Vaccination in Bombay 1913-1923 - 1913-1923
Year: 1913
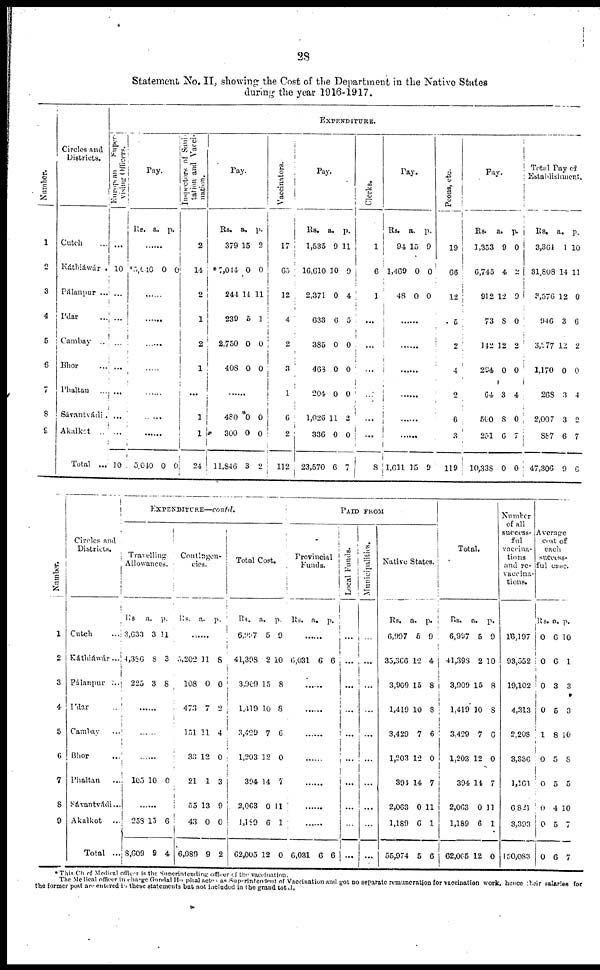
28
Statement No. II, showing the Cost of the Department in the Native States
during the year 1916-1917.
Number.
1
2
3
4
5
6
7
8
9
Circles anđ
Districts.
Cutch ...
Káthiáwár .
Pálanpur ...
Ídar ...
Cambay ..
Bhor ...
Phaltan ...
Sávantvádi.
Akalkot
..
Total ...
EXPENDITURE.
European
Super-
vising
Officers.
...
10
...
...
...
...
...
...
...
10
Pay.
Rs. a. p.
......
*5,040
0 0
......
......
......
......
......
......
......
5,040 0 0
Inspectors of Sani
tation and Vacci
nation.
2
14
2
1
2
1
...
1
1
24
Pay.
Rs.
379
*7,044
244
239
2,750
408
a.
15
0
14
5
0
0
p.
2
0
11
1
0
0
......
480
300
11,846
0
0
3
0
0
2
Vaccinators.
17
65
12
4
2
3
1
6
2
112
Pay.
Rs.
l,535
16,610
2,371
633
385
468
204
1,026
336
23,570
a.
9
10
0
6
0
0
0
11
0
6
p.
11
9
4
5
0
0
0
2
0
7
Clerks.
1
6
1
...
...
...
...
...
...
8
Pay.
Rs.
94
1,469
48
a.
15
0
0
p.
9
0
0
......
......
......
......
......
......
1,611 15 9
Peons, etc.
19
66
12
5
2
4
2
6
3
119
Pay.
Rs.
1,353
6,745
912
73
142
294
64
560
251
10,338
a.
9
4
12
8
12
0
3
8
6
0
p.
0
2
9
0
2
0
4
0
7
0
Total Pay of
Establishment.
Rs.
3,361
31,808
3,576
946
3,277
1,170
268
2,007
887
47,306
a.
1
14
12
3
12
0
3
3
6
9
p.
10
11
0
6
2
0
4
2
7
6
Number.
1
2
3
4
5
6
7
8
9
Circles and
Districts.
Cutch
...
Káthiáwár ...
Pálanpur
...
Ídar
...
Cambay
...
Bhor ...
Phaltan
...
Sávantvádi...
Akalkot
...
Total ...
KXPENDITURE—contd.
Travelling
Allowances.
Rs.
3,633
4,386
225
a.
3
8
3
p.
11
3
8
......
......
......
105 10 0
......
258
8,609
15
9
6
4
Contingen-
cies.
Rs. a. p.
......
5,202
108
473
151
33
21
55
43
6,089
11
0
7
11
12
1
13
0
9
8
0
2
4
0
3
9
0
2
Total Cost.
Rs.
6,997
41,398
3,909
4,419
3,429
1,203
304
2,063
1,199
62,005
a.
5
2
15
10
7
12
14
0
6
12
p.
9
10
8
8
6
0
7
11
1
0
PAID FROM
Provincial
Funds.
Rs. a. p.
......
6,031 6 6
......
......
......
......
......
......
......
6,031 6 6
Local Funds.
...
...
...
...
...
...
...
...
...
...
Municipalities.
...
...
...
...
...
...
...
...
...
...
Native States.
Rs.
6,997
35,366
3,909
1,419
3,429
1,203
391
2,063
1,189
55,974
a.
5
12
15
10
7
12
14
0
6
5
p.
9
4
8
8
6
0
7
11
1
6
Total.
Rs.
6,997
41,398
3,900
1,419
3,429
1,203
394
2,063
1,189
62,005
a.
5
2
15
10
7
12
14
0
6
12
p.
9
10
8
8
6
0
7
11
1
0
Number
of all
success-
ful
vaccina
tions
and re-
vaccina
tions.
16,197
93,552
19,102
4,313
2,208
3,336
1,161
6,821
3,393
150,083
Average
cost of
each
success
ful case.
Rs.
0
0
0
0
1
0
0
0
0
0
a.
6
6
3
5
8
5
5
4
5
6
p.
10
1
3
3
10
8
5
10
7
7
* This Chief Medical officer is the Superintending officer of the vaccination.
The Medical officer in charge Gondal Hopital acted as Suprintendent of Vaccination and got no separate remuneration for vaccination work, hence their salaries for
the former post are entered in these statements but not included in the grand total.